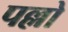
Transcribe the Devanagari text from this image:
पल्लो